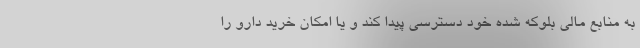
به منابع مالی بلوکه شده خود دسترسی پیدا کند و یا امکان خرید دارو را